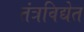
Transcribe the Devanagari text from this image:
तंत्रविद्येत